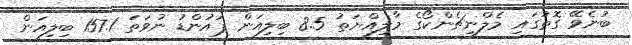
ބުނެވޭ ގޮތުގައި މެލްނިޗެންކޯގެ މާލިއްޔަތު 8.5 ބިލިއަން ޕައުންޑު ނުވަތަ 157.1 ބިލިއަން